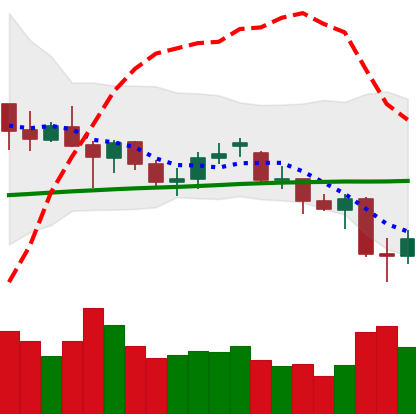
Ticker: ETH-USD
Chart end date: 2021-06-23
Forward return: 4.519%
Label: up_3_5